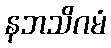
နဘသိဂမံ